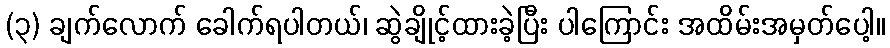
(၃) ချက်လောက် ခေါက်ရပါတယ်၊ ဆွဲချိုင့်ထားခဲ့ပြီး ပါကြောင်း အထိမ်းအမှတ်ပေါ့။